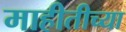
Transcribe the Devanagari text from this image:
माहीतीच्या